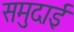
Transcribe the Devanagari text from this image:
समुदाई